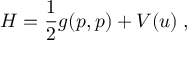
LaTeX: H = \frac { 1 } { 2 } g ( p , p ) + V ( u ) \; ,